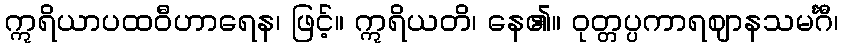
ဣရိယာပထဝီဟာရေန၊ ဖြင့်။ ဣရိယတိ၊ နေ၏။ ဝုတ္တပ္ပကာရဈာနသမင်္ဂီ၊